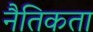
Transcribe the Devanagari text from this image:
नैतिकता